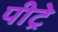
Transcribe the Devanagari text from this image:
पीट्रे